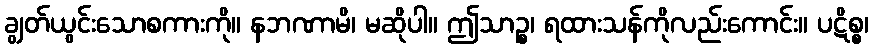
ချွတ်ယွင်းသောစကားကို။ နဘဏာမိ၊ မဆိုပါ။ ဤသာဉ္စ၊ ရထားသန်ကိုလည်းကောင်း။ ပဋိစ္စ၊